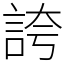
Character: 誇